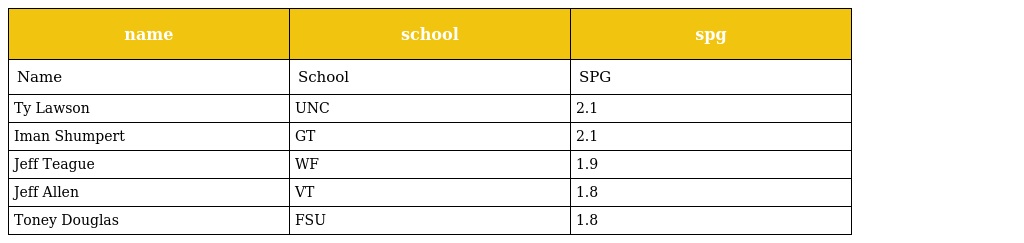
| name | school | spg |
 | --- | --- | --- |
 | Name | School | SPG |
 | Ty Lawson | UNC | 2.1 |
 | Iman Shumpert | GT | 2.1 |
 | Jeff Teague | WF | 1.9 |
 | Jeff Allen | VT | 1.8 |
 | Toney Douglas | FSU | 1.8 |